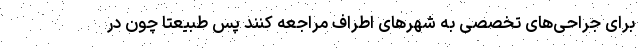
برای جراحی‌های تخصصی به شهرهای اطراف مراجعه کنند پس طبیعتا چون در